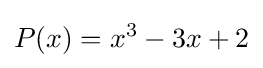
P(x)=x^{3}-3x+2